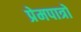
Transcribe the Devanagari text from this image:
प्रेमपात्रों